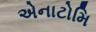
એનાટોમિ